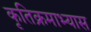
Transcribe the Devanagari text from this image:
कृतिक्रमाभ्यास